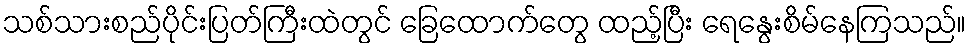
သစ်သားစည်ပိုင်းပြတ်ကြီးထဲတွင် ခြေထောက်တွေ ထည့်ပြီး ရေနွေးစိမ်နေကြသည်။